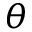
\boldsymbol { \theta }